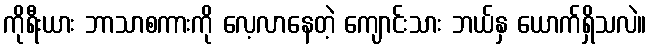
ကိုရီးယား ဘာသာစကားကို လေ့လာနေတဲ့ ကျောင်းသား ဘယ်နှ ယောက်ရှိသလဲ။